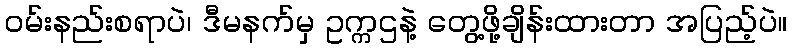
ဝမ်းနည်းစရာပဲ၊ ဒီမနက်မှ ဥက္ကဌနဲ့ တွေ့ဖို့ချိန်းထားတာ အပြည့်ပဲ။